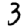
Digit: 3